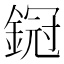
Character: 𨩶